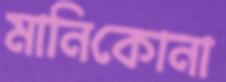
মানিকোনা